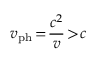
v _ { \mathrm { p h } } \! = \! \frac { c ^ { 2 } } { v } \! > \! c